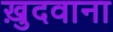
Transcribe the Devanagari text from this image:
ख़ुदवाना